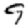
Digit: 9